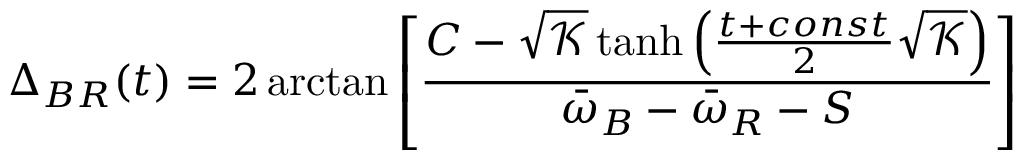
\Delta _ { B R } ( t ) = 2 \arctan \left[ \frac { C - \sqrt { \mathcal { K } } \operatorname { t a n h } \left( \frac { t + c o n s t } { 2 } \sqrt { \mathcal { K } } \right) } { \bar { \omega } _ { B } - \bar { \omega } _ { R } - S } \right]